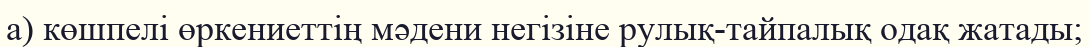
а) көшпелі өркениеттің мәдени негізіне рулық-тайпалық одақ жатады;